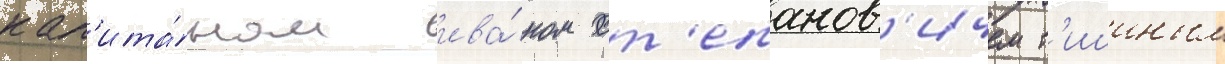
кап'ита́ном ива́ном ст'епанов'ичем т'ишиным